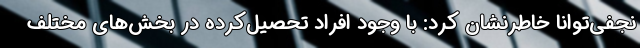
نجفی‌توانا خاطرنشان کرد: با وجود افراد تحصیل‌کرده در بخش‌های مختلف